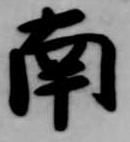
南